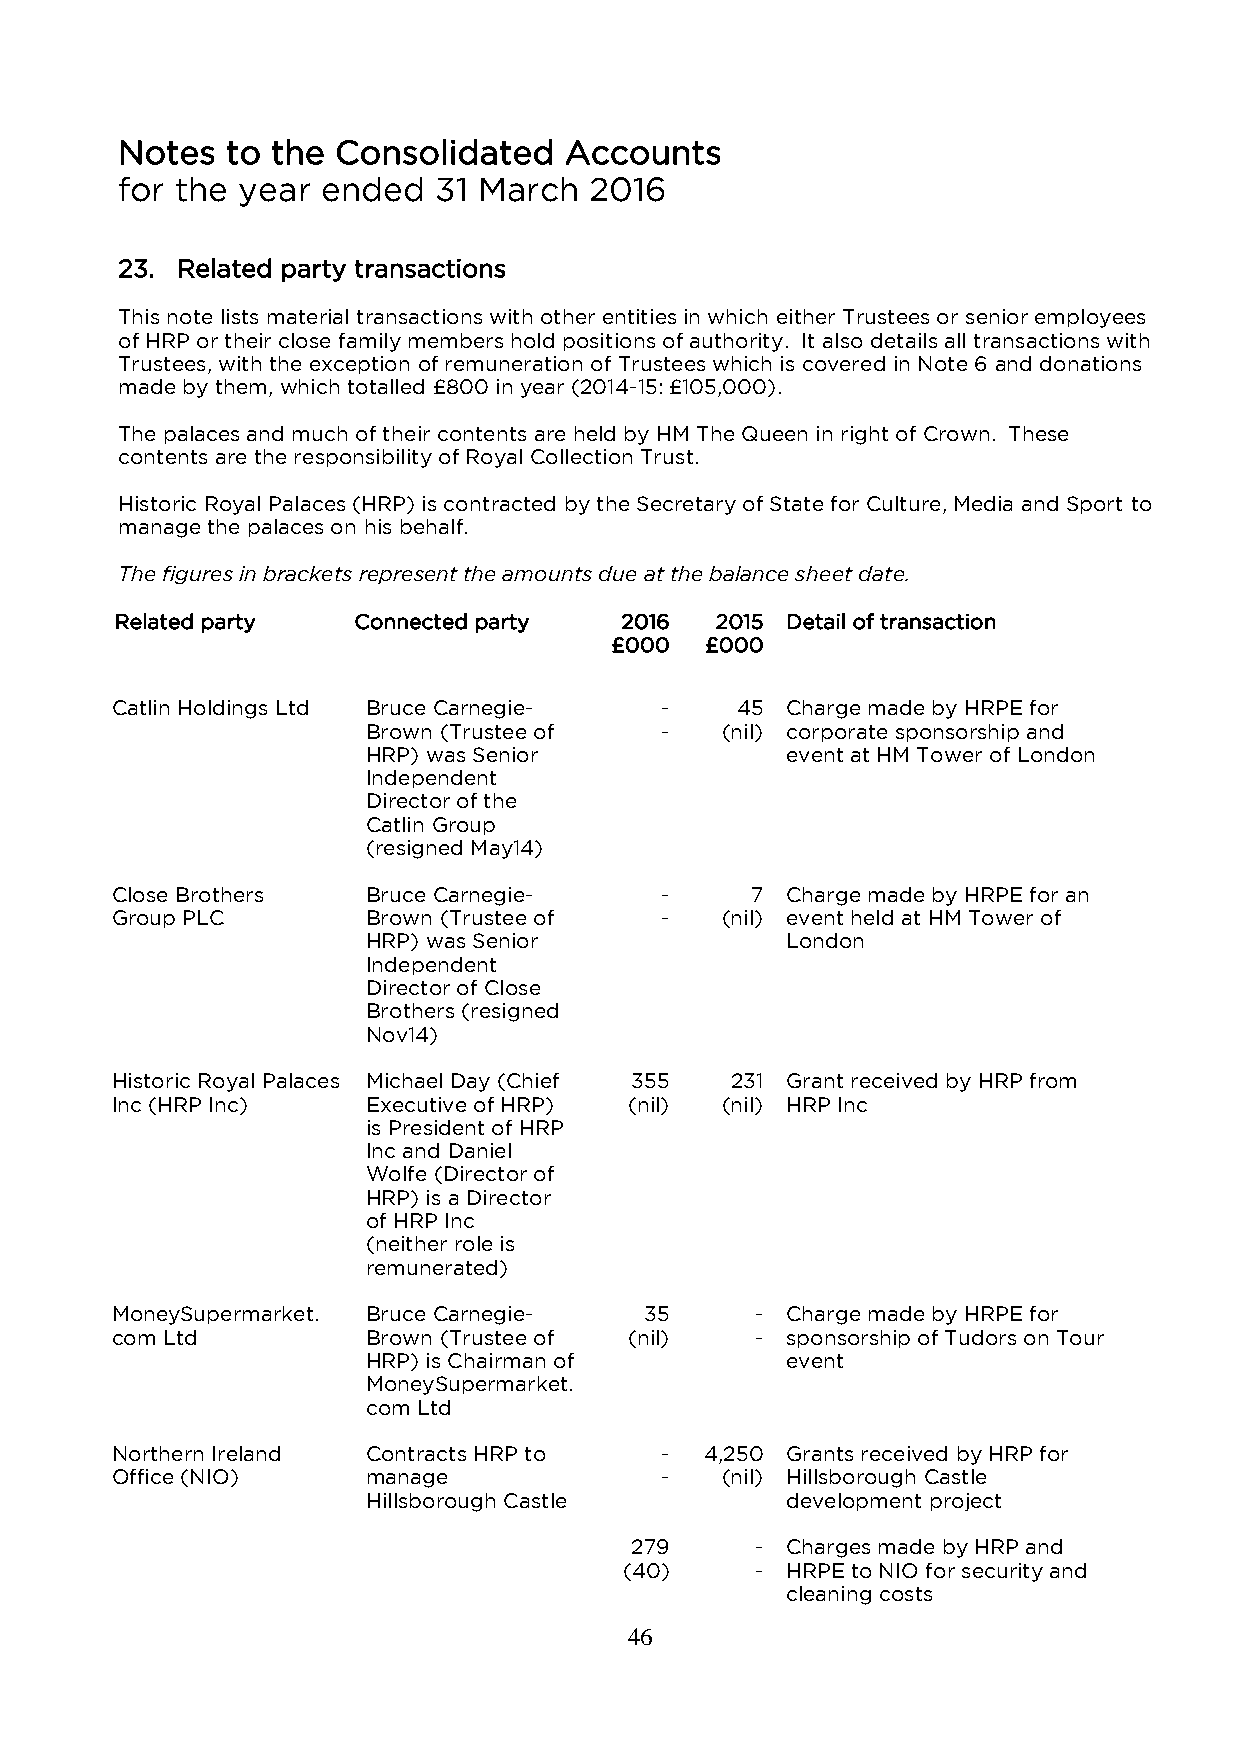
Notes  to the Consolidated   Accounts
 for the year ended   31 March  2016
 23. Related party transactions
 This note lists material transactions with other entities in which either Trustees or senior employees
 of HRP or their close family members hold positions of authority. It also details all transactions with
 Trustees, with the exception of remuneration of Trustees which is covered in Note 6 and donations
 made by them, which totalled £800 in year (2014-15: £105,000).
 The palaces and much of their contents are held by HM The Queen in right of Crown. These
 contents are the responsibility of Royal Collection Trust.
 Historic Royal Palaces (HRP) is contracted by the Secretary of State for Culture, Media and Sport to
 manage the palaces on his behalf.
 The figures in brackets represent the amounts due at the balance sheet date.
 Related party  Connected party   2016  2015 Detail of transaction
 £000   £000
 Catlin Holdings Ltd Bruce Carnegie-  -    45 Charge made by HRPE for
 Brown (Trustee of   -   (nil) corporate sponsorship and
 HRP) was Senior             event at HM Tower of London
 Independent
 Director of the
 Catlin Group
 (resigned May14)
 Close Brothers   Bruce Carnegie-     -     7 Charge made by HRPE for an
 Group PLC        Brown (Trustee of   -   (nil) event held at HM Tower of
 HRP) was Senior             London
 Independent
 Director of Close
 Brothers (resigned
 Nov14)
 Historic Royal Palaces Michael Day (Chief 355 231 Grant received by HRP from
 Inc (HRP Inc)    Executive of HRP) (nil) (nil) HRP Inc
 is President of HRP
 Inc and Daniel
 Wolfe (Director of
 HRP) is a Director
 of HRP Inc
 (neither role is
 remunerated)
 MoneySupermarket. Bruce Carnegie-   35     - Charge made by HRPE for
 com Ltd          Brown (Trustee of (nil)   - sponsorship of Tudors on Tour
 HRP) is Chairman of         event
 MoneySupermarket.
 com Ltd
 Northern Ireland Contracts HRP to    -  4,250 Grants received by HRP for
 Office (NIO)     manage              -   (nil) Hillsborough Castle
 Hillsborough Castle         development project
 279     - Charges made by HRP and
 (40)     - HRPE to NIO for security and
 cleaning costs
 46